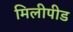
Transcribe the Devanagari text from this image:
मिलीपीड